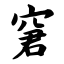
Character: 窘